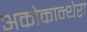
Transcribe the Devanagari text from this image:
अकोकान्थेरा